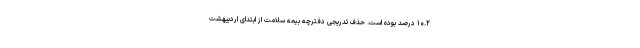
۱۰.۲ درصد بوده است. حذف تدریجی دفترچه بیمه سلامت از ابتدای اردیبهشت